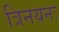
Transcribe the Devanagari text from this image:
त्रिनयनः